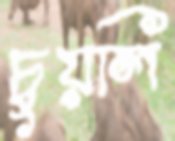
চুয়লি